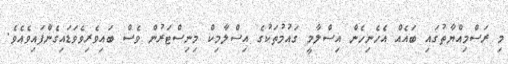
މި ރަސްމިއްޔާތުގައި ބައެއް އެހެނިހެން އިސްލާމީ ގައުމުތަކުގެ އިސްލާމިކް މިނިސްޓަރުން ވެސް ބައިވެރިވެވަޑައިގެންފައިވެއެވެ.